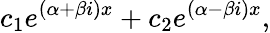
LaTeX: c_{1}e^{(\alpha+\beta i)x}+c_{2}e^{(\alpha-\beta i)x},